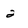
Character: 2